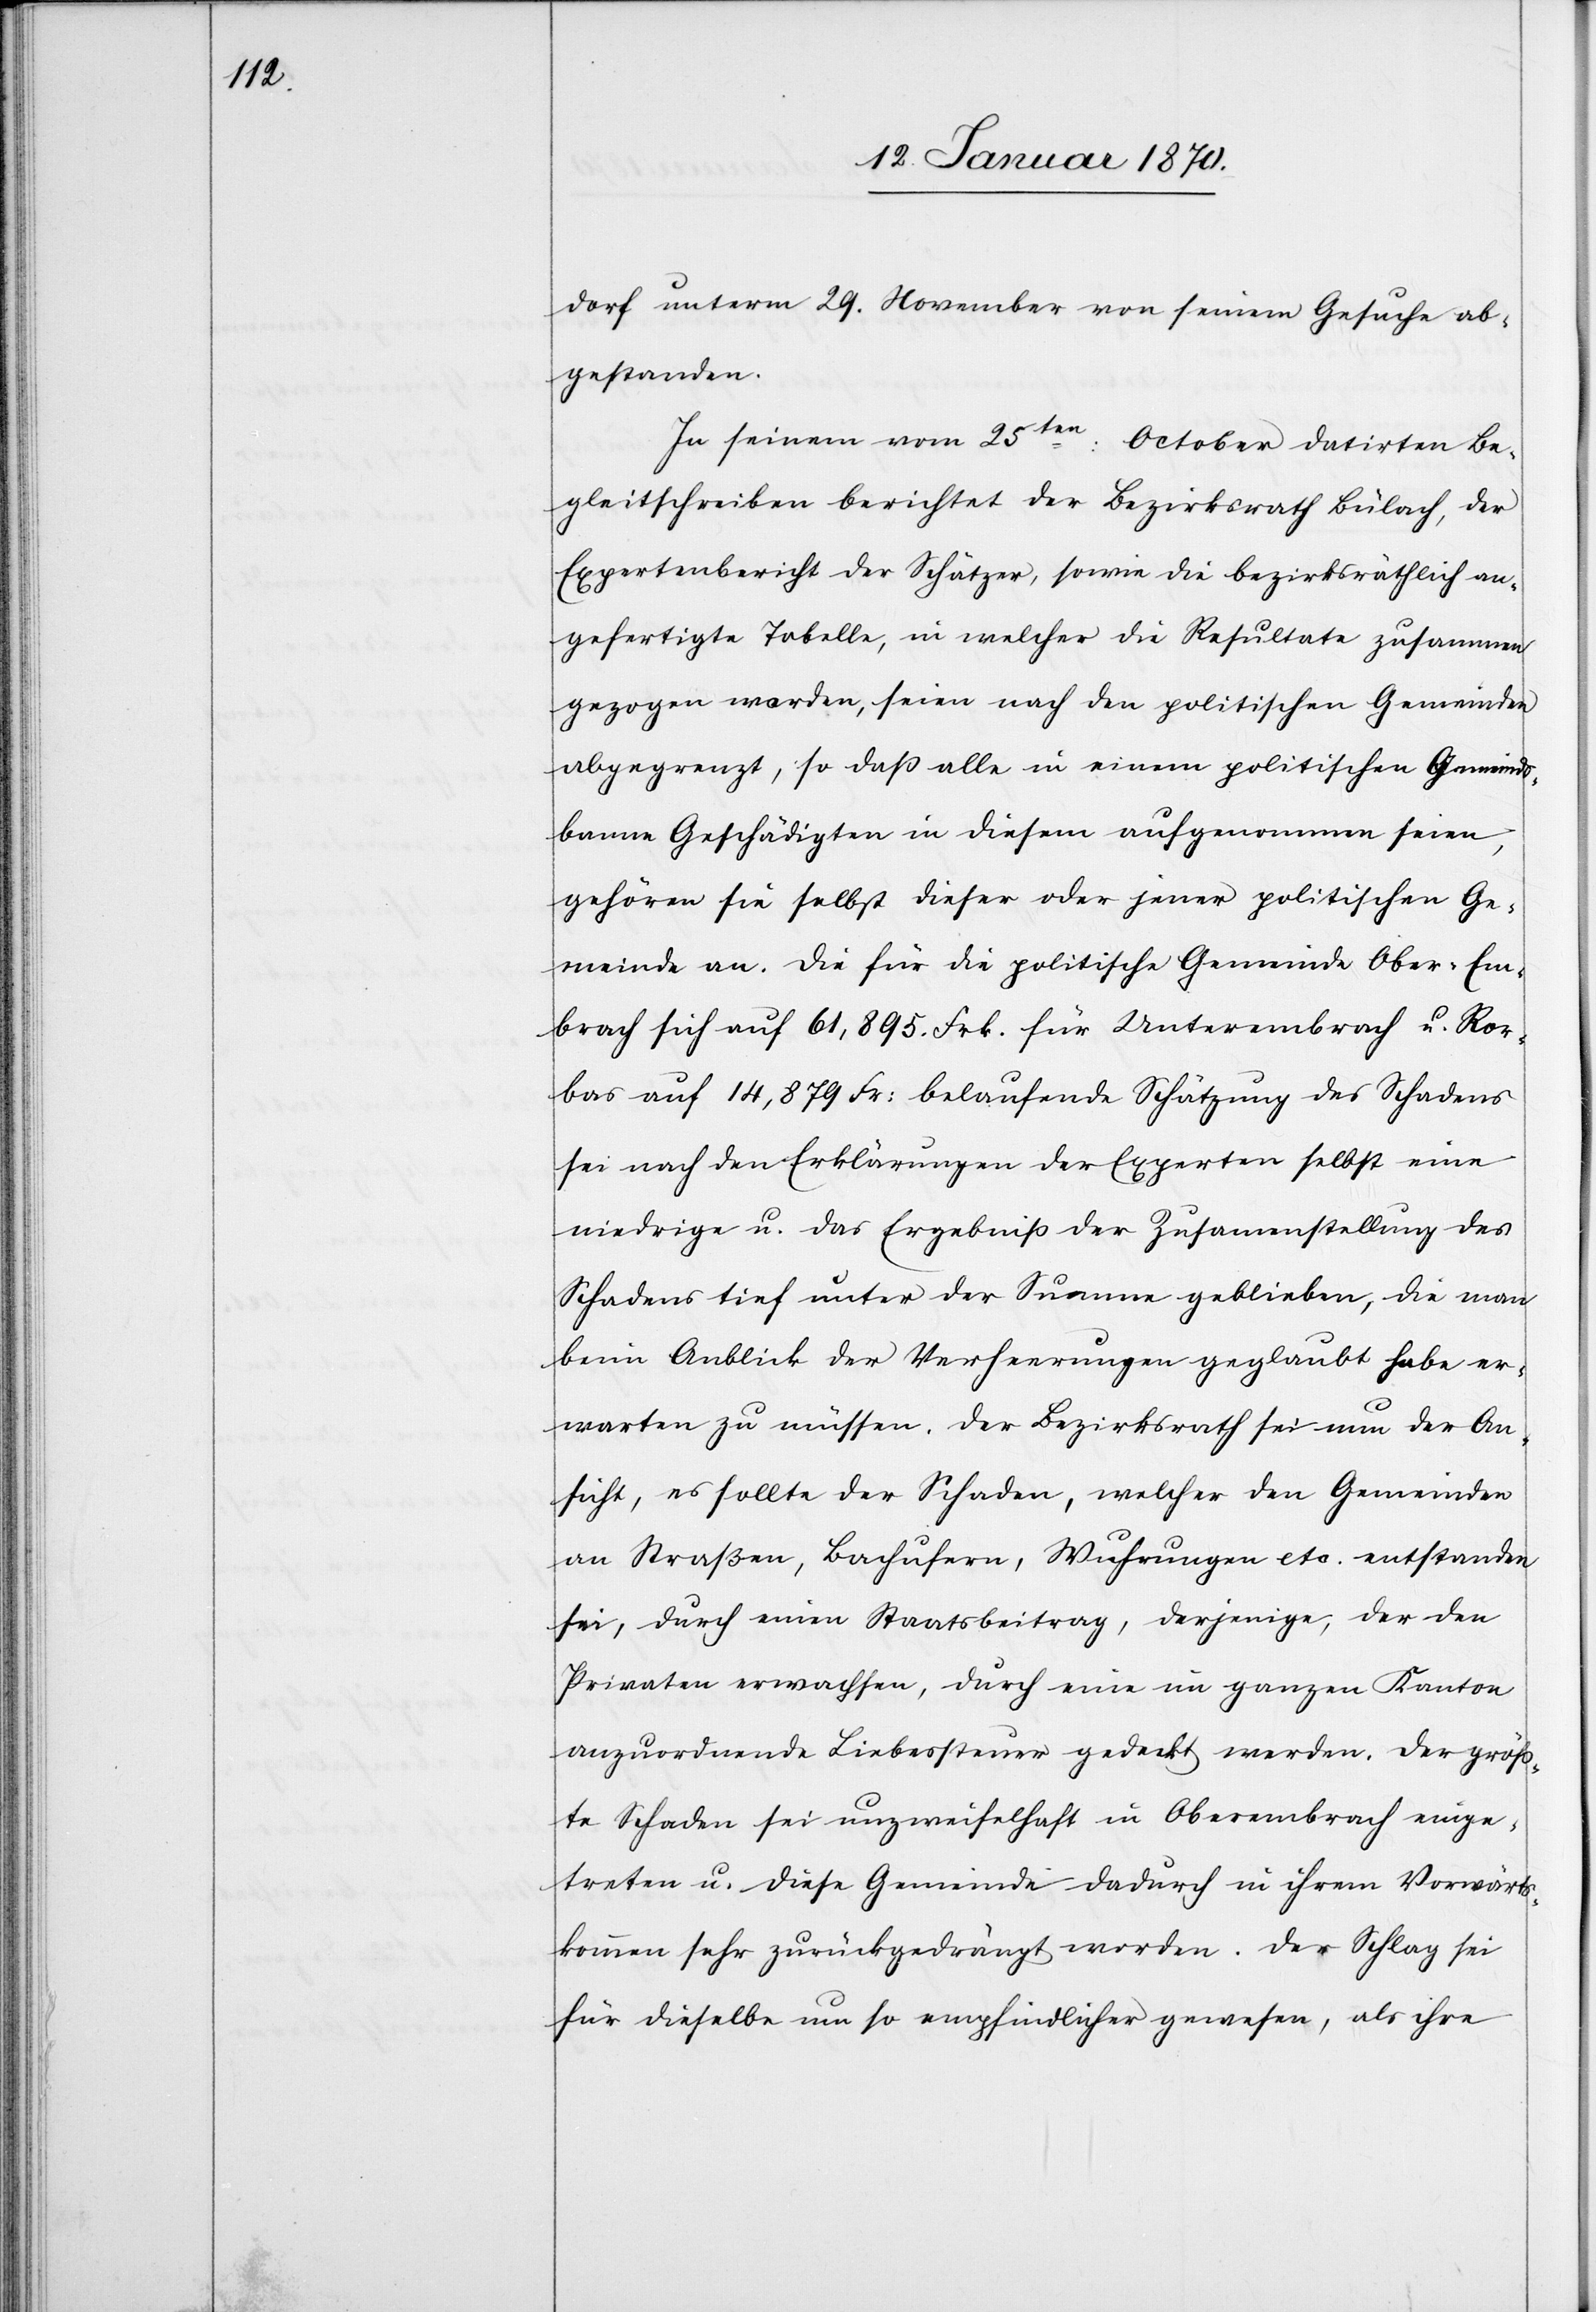
dorf unterm 29. November von seinem Gesuche ab¬
gestanden.
In seinem vom 25ten: October datirten Be¬
gleitschreiben berichtet der Bezirksrath Bülach, der
Expertenbericht der Schätzer, sowie die bezirksräthlich an¬
gefertigte Tabelle, in welcher die Resultate zusammen¬
gezogen worden, seien nach den politischen Gemeinden
abgegrenzt, so daß alle in einem politischen Gemeinds¬
banne Geschädigten in diesem aufgenommen seien,
gehören sie selbst dieser oder jener politischen Ge¬
meinde an. Die für die politische Gemeinde Ober-Em¬
brach sich auf 61,895 Frk.[,] für Unterembrach u. Ror¬
bas auf 14,879 Fr: belaufende Schätzung des Schadens
sei nach den Erklärungen der Experten selbst eine
niedrige u. das Ergebniß der Zusammenstellung des
Schadens tief unter der Summe geblieben, die man
beim Anblick der Verheerungen geglaubt habe er¬
warten zu müssen. Der Bezirksrath sei nun der An¬
sicht, es sollte der Schaden, welcher den Gemeinden
an Straßen, Bachufern, Wuhrungen etc. entstanden
sei, durch einen Staatsbeitrag, derjenige, der den
Privaten erwachsen, durch eine im ganzen Kanton
anzuordnende Liebessteuer gedeckt werden. Der größ¬
te Schaden sei unzweifelhaft in Oberembrach einge¬
treten u. diese Gemeinde dadurch in ihrem Vorwärts¬
kommen sehr zurückgedrängt worden. Der Schlag sei
für dieselbe um so empfindlicher gewesen, als ihre